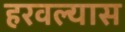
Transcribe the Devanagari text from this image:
हरवल्यास